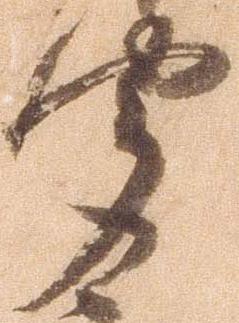
聞